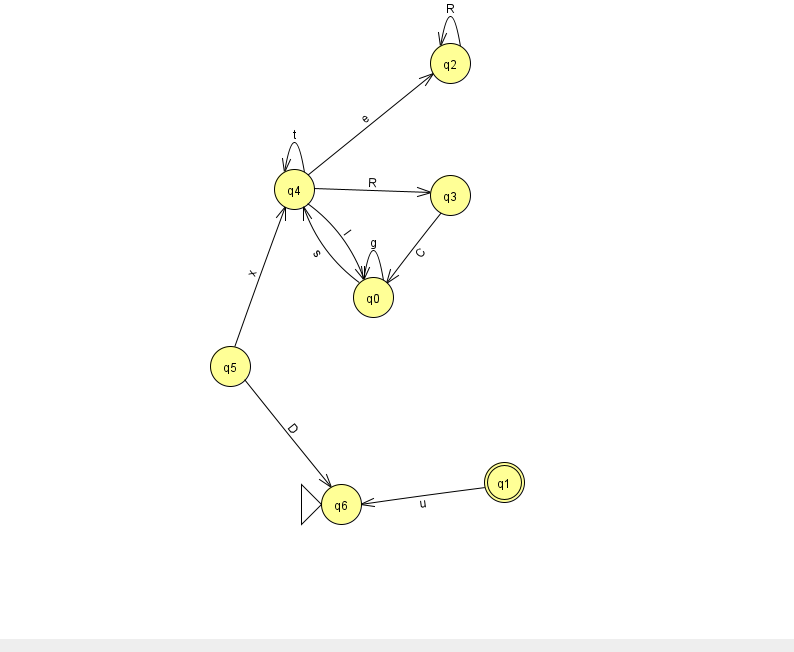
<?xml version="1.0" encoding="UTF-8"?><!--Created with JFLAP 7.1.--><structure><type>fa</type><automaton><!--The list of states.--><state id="0" name="q0"><x>373.0</x><y>284.0</y></state><state id="1" name="q1"><x>504.0</x><y>469.0</y><final/></state><state id="2" name="q2"><x>450.0</x><y>50.0</y></state><state id="3" name="q3"><x>450.0</x><y>182.0</y></state><state id="4" name="q4"><x>294.0</x><y>176.0</y></state><state id="5" name="q5"><x>230.0</x><y>353.0</y></state><state id="6" name="q6"><x>341.0</x><y>491.0</y><initial/></state><!--The list of transitions.--><transition><from>3</from><to>0</to><read>C</read></transition><transition><from>2</from><to>2</to><read>R</read></transition><transition><from>4</from><to>2</to><read>e</read></transition><transition><from>5</from><to>6</to><read>D</read></transition><transition><from>0</from><to>4</to><read>s</read></transition><transition><from>1</from><to>6</to><read>u</read></transition><transition><from>4</from><to>4</to><read>t</read></transition><transition><from>0</from><to>0</to><read>g</read></transition><transition><from>4</from><to>3</to><read>R</read></transition><transition><from>4</from><to>0</to><read>l</read></transition><transition><from>5</from><to>4</to><read>x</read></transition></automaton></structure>